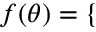
\begin{array} { r } { f ( \theta ) = \left\{ \begin{array} { l l } \end{array} \right. } \end{array}